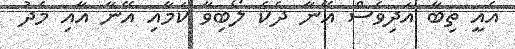
އެއީ ތިބާ އަދިވެސް އޭނާ ދެކެ ލޯބިވާ ކަމާއި އޭނާ އާއި މެދު